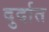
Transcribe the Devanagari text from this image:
दुर्दात